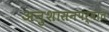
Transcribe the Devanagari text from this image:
अनुशासनपर्वात